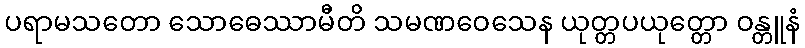
ပရာမသတော သောဓေဿာမီတိ သမဏဝေသေန ယုတ္တပယုတ္တော ဝန္တူနံ